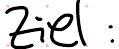
Ziel :